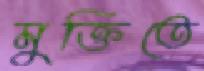
মুক্তিতে